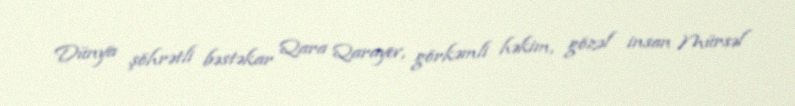
Dünya şöhrətli bəstəkar Qara Qarayev, görkəmli həkim, gözəl insan Mürsəl